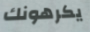
يكرهونك